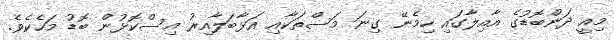
މިއީ ދަންބޮޑުގެ އާއިލާގައި ހިމެނޭ ގިނަ މަސްތަކާއި އަޅާބަލާއިރު އިސްކޮޅުން ބޮޑު މަހެކެވެ.